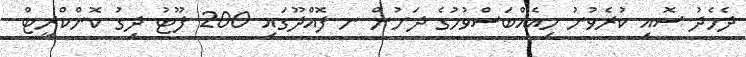
ދެމެދު ސޮއި ކުރެވުނު މިއެއްބަސްވުމުގެ ދަށުން ނ.ފޮއްދޫގައި 200 ފޫޓު ދިގު ކޮންކްރީޓް